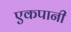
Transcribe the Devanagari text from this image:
एकपानी